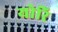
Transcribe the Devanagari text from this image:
योरि